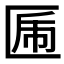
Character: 𠥃